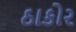
ઠાકોર